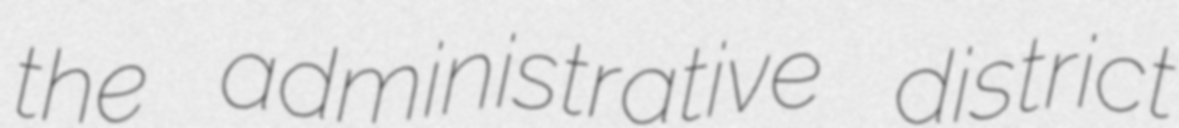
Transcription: the administrative district